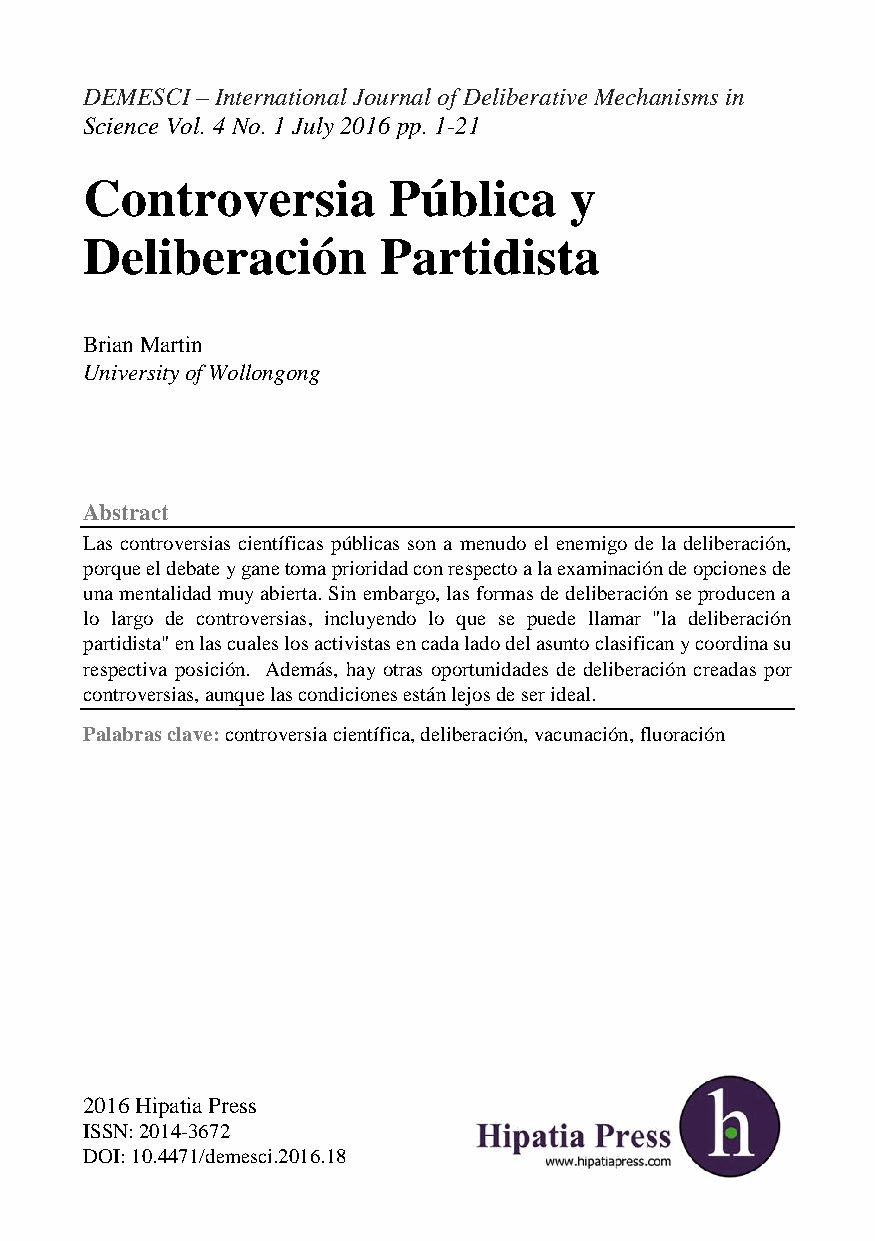
DEMESCI – International Journal of Deliberative Mechanisms in
 Science Vol. 4 No. 1 July 2016 pp. 1-21
 Controversia        Pública     y
 Deliberación       Partidista
 Brian Martin
 University of Wollongong
 Abstract
 Las controversias científicas públicas son a menudo el enemigo de la deliberación,
 porque el debate y gane toma prioridad con respecto a la examinación de opciones de
 una mentalidad muy abierta. Sin embargo, las formas de deliberación se producen a
 lo largo de controversias, incluyendo lo que se puede llamar "la deliberación
 partidista" en las cuales los activistas en cada lado del asunto clasifican y coordina su
 respectiva posición. Además, hay otras oportunidades de deliberación creadas por
 controversias, aunque las condiciones están lejos de ser ideal.
 Palabras clave: controversia científica, deliberación, vacunación, fluoración
 2016 Hipatia Press
 ISSN: 2014-3672
 DOI: 10.4471/demesci.2016.18